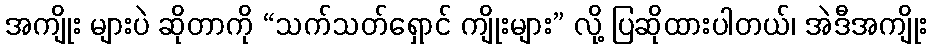
အကျိုး များပဲ ဆိုတာကို “သက်သတ်ရှောင် ကျိုးများ” လို့ ပြဆိုထားပါတယ်၊ အဲဒီအကျိုး